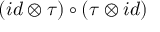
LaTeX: ( i d \otimes \tau ) \circ ( \tau \otimes i d )